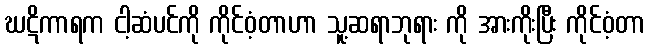
ဃဋိကာရက ငါ့ဆံပင်ကို ကိုင်ဝံ့တာဟာ သူ့ဆရာဘုရား ကို အားကိုးပြီး ကိုင်ဝံ့တာ